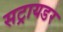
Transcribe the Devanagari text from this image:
सट्रायडर